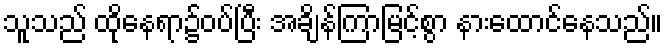
သူသည် ထိုနေရာ၌ဝပ်ပြီး အချိန်ကြာမြင့်စွာ နားထောင်နေသည်။